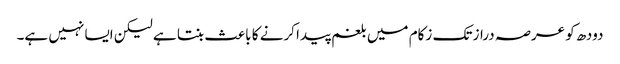
دودھ کو عرصہ دراز تک زکام میں بلغم پیدا کرنے کا باعث بنتا ہے لیکن ایسا نہیں ہے۔